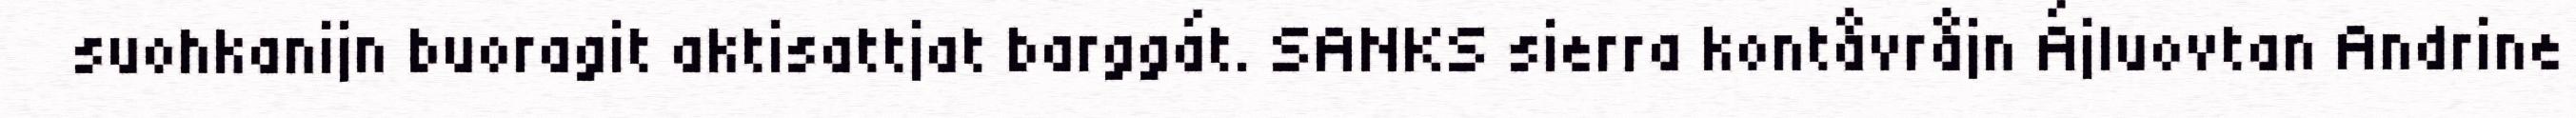
suohkanijn buoragit aktisattjat barggát. SANKS sierra kontåvråjn Ájluovtan Andrine